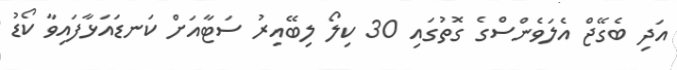
އަދި ބެގޭޖް އެލަވެންސްގެ ގޮތުގައި 30 ކިލޯ ލިބޭއިރު ސަޓާއަށް ކަނޑައަޅާފައިވާ ކޯޑު